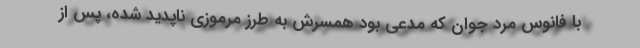
با فانوس مرد جوان که مدعی بود همسرش به طرز مرموزی ناپدید شده، پس از